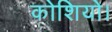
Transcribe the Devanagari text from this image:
कोशियो।